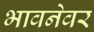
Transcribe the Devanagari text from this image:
भावनेवर